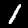
Label: 1